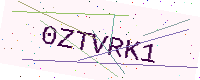
Text: 0ZTVRK1